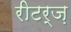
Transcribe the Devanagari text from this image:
रीटर्ज़